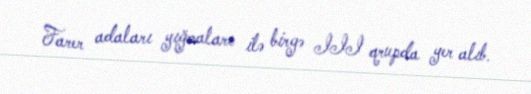
Farer adaları yığmaları ilə birgə III qrupda yer alıb.